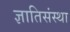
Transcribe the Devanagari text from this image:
ज्ञातिसंस्था